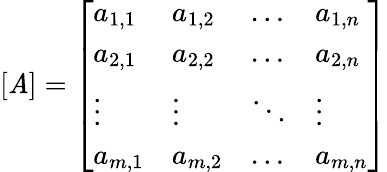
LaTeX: [\mathit{A}]={\left[\begin{array}{llll}{a_{1,1}}&{a_{1,2}}&{\ldots}&{a_{1,n}}\\ {a_{2,1}}&{a_{2,2}}&{\ldots}&{a_{2,n}}\\ {\vdots}&{\vdots}&{\ddots}&{\vdots}\\ {a_{m,1}}&{a_{m,2}}&{\ldots}&{a_{m,n}}\end{array}\right]}